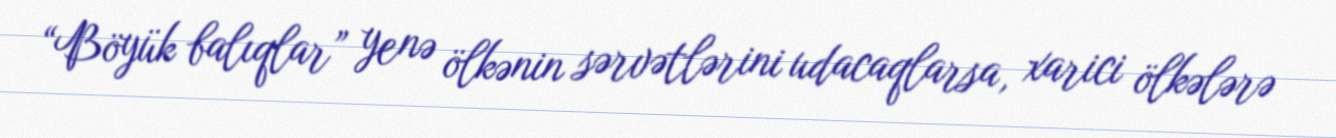
“Böyük balıqlar” yenə ölkənin sərvətlərini udacaqlarsa, xarici ölkələrə